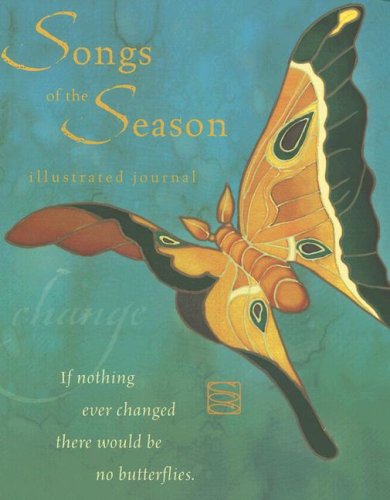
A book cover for Songs of the Season: Illustrated Journal; Brush Dance; Self-Help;